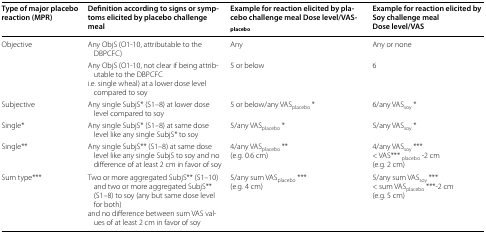
<table><thead><tr><td><b>Type of major placebo reaction (MPR)</b></td><td><b>Definition according to signs or symptoms elicited by placebo challenge meal</b></td><td><b>Example for reaction elicited by placebo challenge meal Dose level/VAS<sub>placebo</sub></b></td><td><b>Example for reaction elicited bySoy challenge mealDose level/VAS</b></td></tr></thead><tbody><tr><td rowspan="2">Objective</td><td>Any ObjS (O1-10, attributable to the DBPCFC)</td><td>Any</td><td>Any or none</td></tr><tr><td>Any ObjS (O1-10, not clear if being attributable to the DBPCFCi.e. single wheal) at a lower dose level compared to soy</td><td>5 or below</td><td>6</td></tr><tr><td>Subjective</td><td>Any single SubjS* (S1–8) at lower dose level compared to soy</td><td>5 or below/any VAS<sub>placebo</sub> *</td><td>6/any VAS<sub>soy</sub> *</td></tr><tr><td>Single*</td><td>Any single SubjS* (S1–8) at same dose level like any single SubjS* to soy</td><td>5/any VAS<sub>placebo</sub> *</td><td>5/any VAS<sub>soy</sub> *</td></tr><tr><td>Single**</td><td>Any single SubjS** (S1–8) at same dose level like any single SubjS to soy and no difference of at least 2 cm in favor of soy</td><td>4/any VAS<sub>placebo</sub> **(e.g. 0.6 cm)</td><td>4/any VAS<sub>soy</sub> ***&lt; VAS*** <sub>placebo</sub> -2 cm(e.g. 2 cm)</td></tr><tr><td>Sum type***</td><td>Two or more aggregated SubjS** (S1–10) and two or more aggregated SubjS** (S1–8) to soy (any but same dose level for both)and no difference between sum VAS values of at least 2 cm in favor of soy</td><td>5/any sum VAS<sub>placebo</sub> ***(e.g. 4 cm)</td><td>5/any sum VAS<sub>soy</sub> ***&lt; sum VAS<sub>placebo</sub> ***-2 cm(e.g. 5 cm)</td></tr></tbody></table>